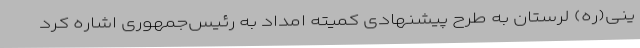
ینی(ره) لرستان به طرح پیشنهادی کمیته امداد به رئیس‌جمهوری اشاره کرد